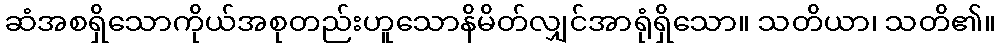
ဆံအစရှိသောကိုယ်အစုတည်းဟူသောနိမိတ်လျှင်အာရုံရှိသော။ သတိယာ၊ သတိ၏။